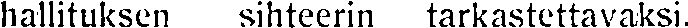
hallituksen sihteerin tarkastettavaksi.